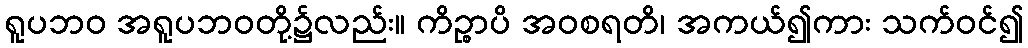
ရူပဘဝ အရူပဘဝတို့၌လည်း။ ကိဉ္စာပိ အဝစရတိ၊ အကယ်၍ကား သက်ဝင်၍